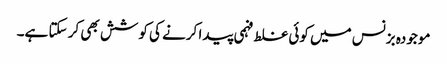
موجودہ بزنس میں کوئی غلط فہمی پیدا کرنے کی کوشش بھی کر سکتا ہے۔